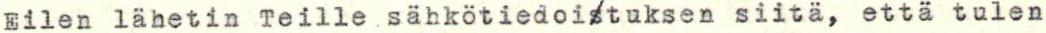
Eilen lähetin Teille sähkötiedoistuksen siitä, että tulen